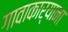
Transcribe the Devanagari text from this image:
गावाकार्याना